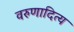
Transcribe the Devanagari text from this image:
वरुणादित्य